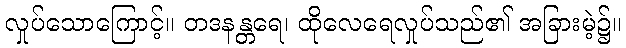
လှုပ်သောကြောင့်။ တဒနန္တရေ၊ ထိုလေရေလှုပ်သည်၏ အခြားမဲ့၌။